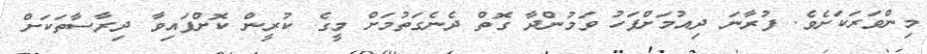
މިންވަރަކަށެވެ. ފުރާނަ ދިއުމަށްފަހު ވަމުންދާ ގޮތް ދެނެގަތުމަށް މީގެ ކުރީން ކޮށްފައިވާ ދިރާސާތަކަށް